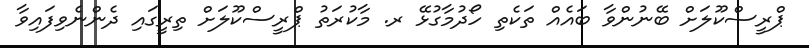
ޕްރީސްކޫލަށް ބޭނުންވާ ބައެއް ތަކެތި ހޯދުމާގުޅޭ ރ. މާކުރަތު ޕްރީސްކޫލަށް ތިރީގައި ދެންނެވިފައިވާ